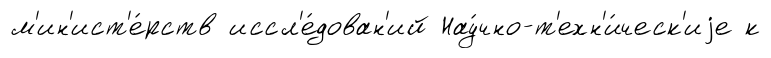
м'ин'ист'е́рств иссл'е́дован'ий Нау́чно-т'ехн'и́ческ'иjе к